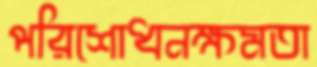
পরিশোধনক্ষমতা